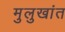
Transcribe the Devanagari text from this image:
मुलुखांत